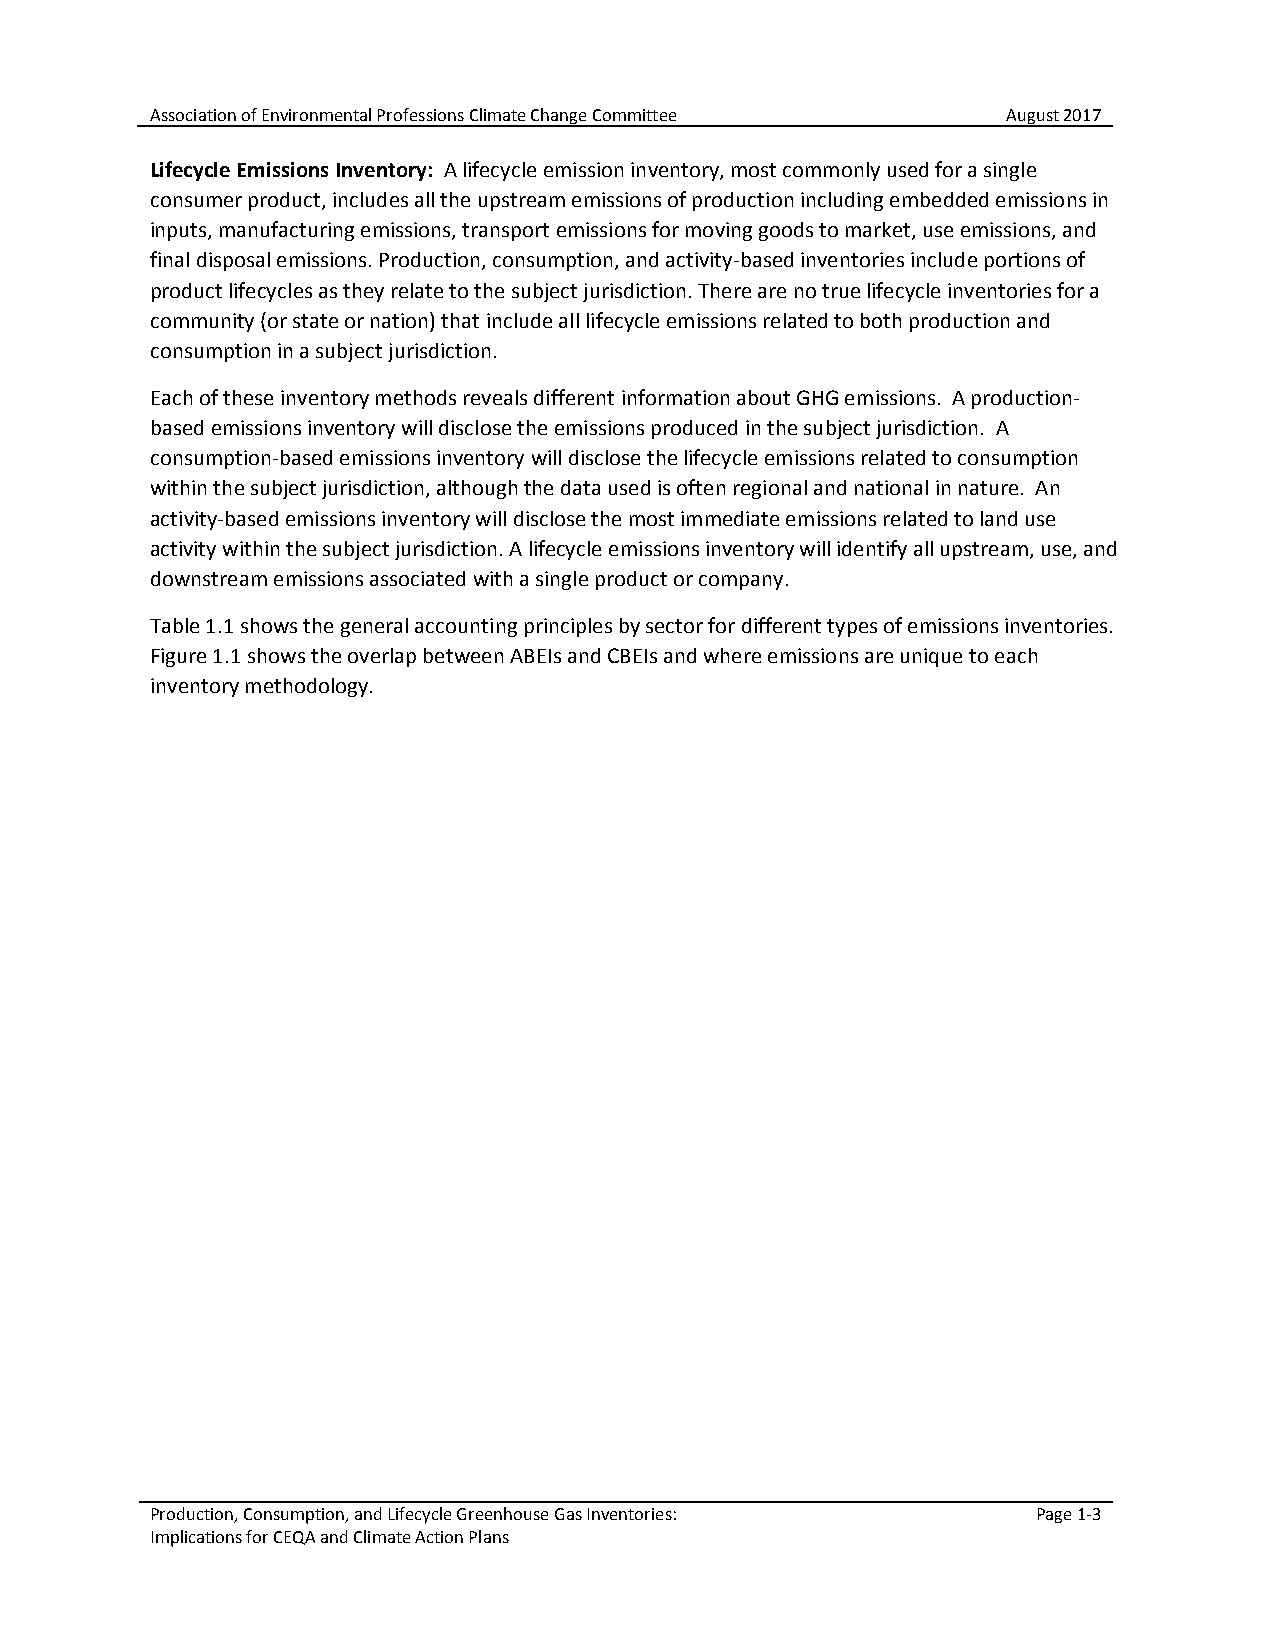
Association of Environmental Professions Climate Change Committee August 2017
 Lifecycle Emissions Inventory: A lifecycle emission inventory, most commonly used for a single
 consumer product, includes all the upstream emissions of production including embedded emissions in
 inputs, manufacturing emissions, transport emissions for moving goods to market, use emissions, and
 final disposal emissions. Production, consumption, and activity-based inventories include portions of
 product lifecycles as they relate to the subject jurisdiction. There are no true lifecycle inventories for a
 community (or state or nation) that include all lifecycle emissions related to both production and
 consumption in a subject jurisdiction.
 Each of these inventory methods reveals different information about GHG emissions. A production-
 based emissions inventory will disclose the emissions produced in the subject jurisdiction. A
 consumption-based emissions inventory will disclose the lifecycle emissions related to consumption
 within the subject jurisdiction, although the data used is often regional and national in nature. An
 activity-based emissions inventory will disclose the most immediate emissions related to land use
 activity within the subject jurisdiction. A lifecycle emissions inventory will identify all upstream, use, and
 downstream emissions associated with a single product or company.
 Table 1.1 shows the general accounting principles by sector for different types of emissions inventories.
 Figure 1.1 shows the overlap between ABEIs and CBEIs and where emissions are unique to each
 inventory methodology.
 Production, Consumption, and Lifecycle Greenhouse Gas Inventories: Page 1-3
 Implications for CEQA and Climate Action Plans